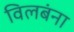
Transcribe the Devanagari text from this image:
विलबंना